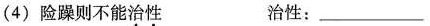
(4)险躁则不能治性 治性：_____